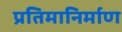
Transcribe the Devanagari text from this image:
प्रतिमानिर्माण